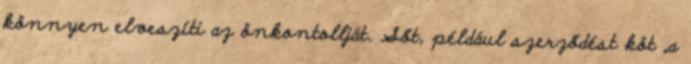
könnyen elveszíti az önkontollját. Sőt, például szerződést köt „a